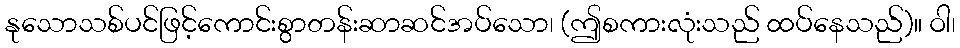
နုသောသစ်ပင်ဖြင့်ကောင်းစွာတန်းဆာဆင်အပ်သော၊ (ဤစကားလုံးသည် ထပ်နေသည်)။ ဝါ၊